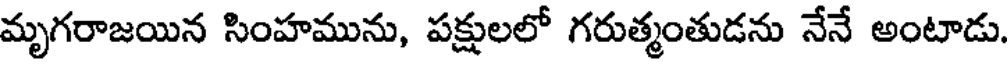
మృగరాజయిన సింహమును, పక్షులలో గరుత్మంతుడను నేనే అంటాడు.